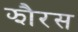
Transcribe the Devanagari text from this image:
झौरस